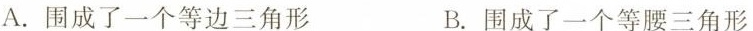
A.围成了一个等边三角形 B.围成了一个等腰三角形